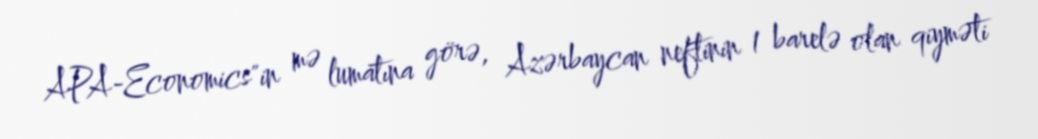
APA-Economics"in mə lumatına görə, Azərbaycan neftinin 1 barelə olan qiyməti